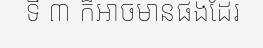
ទី ៣ ក៏អាចមានផងដែរ